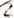
2